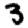
Digit: 3